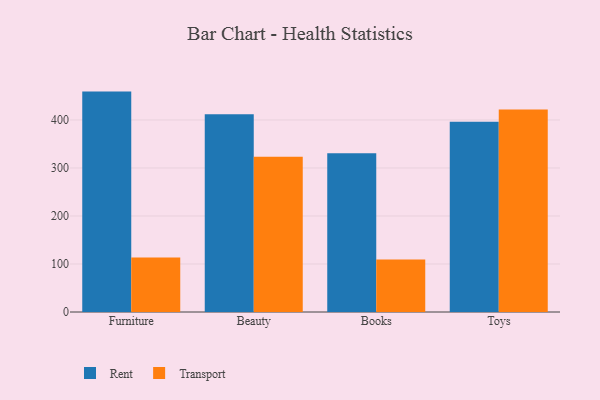
{"axis": {"x": "Category", "y": "Market Share (%)"}, "legend": ["Rent", "Transport"], "data": [{"x": "Furniture", "y": 459.1, "type": "Rent"}, {"x": "Furniture", "y": 113.5, "type": "Transport"}, {"x": "Beauty", "y": 411.9, "type": "Rent"}, {"x": "Beauty", "y": 323.6, "type": "Transport"}, {"x": "Books", "y": 330.5, "type": "Rent"}, {"x": "Books", "y": 109.3, "type": "Transport"}, {"x": "Toys", "y": 396.2, "type": "Rent"}, {"x": "Toys", "y": 421.7, "type": "Transport"}]}